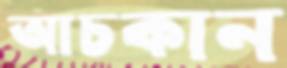
আচকান